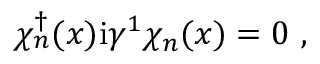
\chi _ { n } ^ { \dagger } ( x ) \mathrm { i } \gamma ^ { 1 } \chi _ { n } ( x ) = 0 \ ,